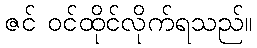
ဇင် ဝင်ထိုင်လိုက်ရသည်။